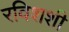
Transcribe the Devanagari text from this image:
रविशशी